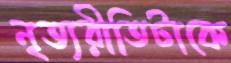
নৃত্যরীতিটাকে